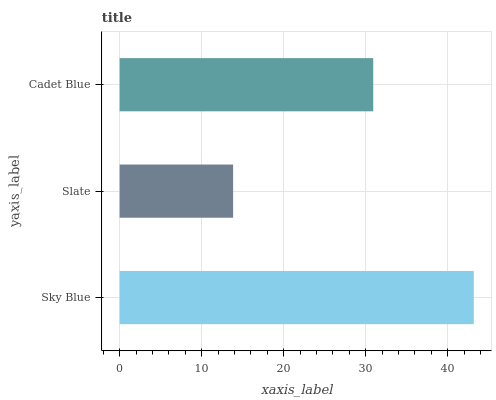
| yaxis_label | bars |
 | --- | --- |
 | Sky Blue | 43.2 |
 | Slate | 13.8 |
 | Cadet Blue | 30.9 |